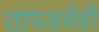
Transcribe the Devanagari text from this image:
तापअसेही